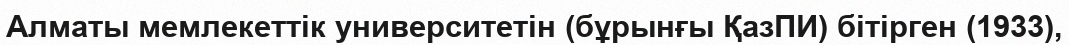
Алматы мемлекеттік университетін (бұрынғы ҚазПИ) бітірген (1933),